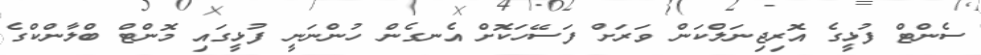
ސެންޓް ފުޅީގެ އޮރިޖިނަލްކަން ވަރަށް ފަސޭހަކޮށް އެނގެން ހުންނަނީ ފުޅީގައި މޮންޓް ބްލާންކްގެ